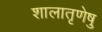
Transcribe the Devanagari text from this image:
शालातृणेषु